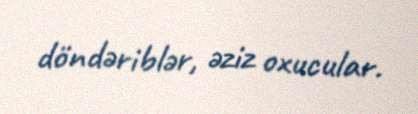
döndəriblər, əziz oxucular.